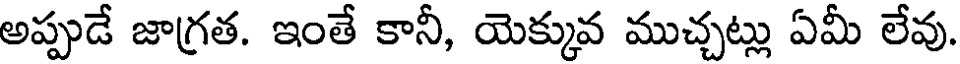
అప్పుడే జాగ్రత. ఇంతే కానీ, యెక్కువ ముచ్చట్లు ఏమీ లేవు.